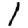
Digit: 1